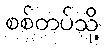
စစ်တပ်သို့